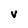
Character: v